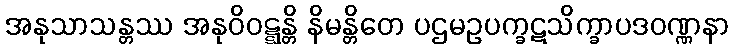
အနုသာသန္တဿ အနုဝိဝဋ္ဋန္တိ နိမန္တိတေ ပဌမဥပက္ခဋသိက္ခာပဒဝဏ္ဏနာ